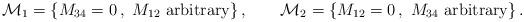
LaTeX: \begin{align*}{\cal M}_1=\{M_{34}=0\,, ~M_{12}\mbox{~arbitrary}\}\,,\qquad{\cal M}_2=\{M_{12}=0\,,~M_{34}\mbox{~arbitrary}\}\,.\end{align*}